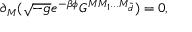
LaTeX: \partial _ { M } ( \sqrt { - g } e ^ { - \beta \phi } G ^ { M M _ { 1 } . . . M _ { { \tilde { d } } } } ) = 0 ,